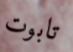
تابوت